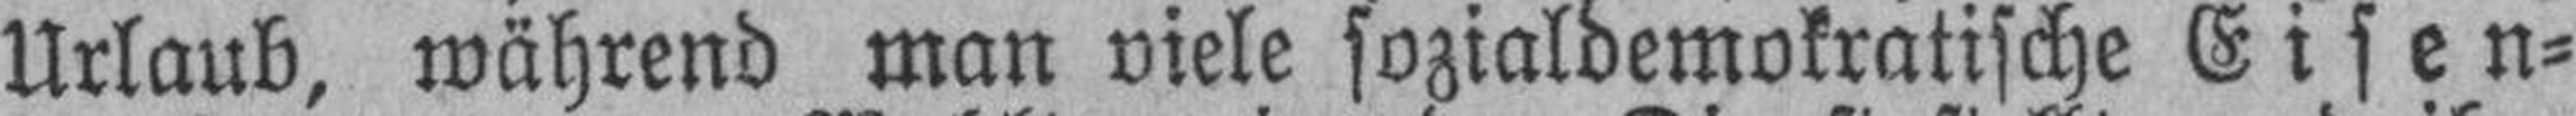
Urlaub, während man viele sozialdemokratische Eisen¬